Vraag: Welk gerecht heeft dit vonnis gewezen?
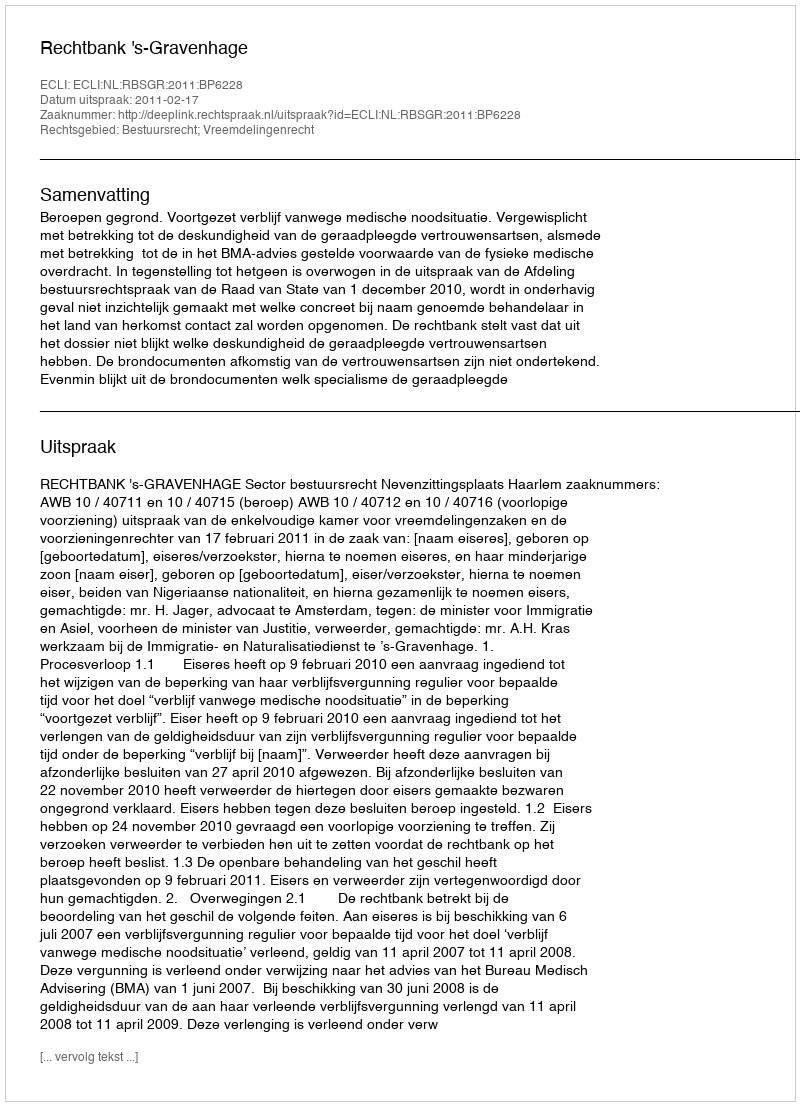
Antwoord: Rechtbank 's-Gravenhage